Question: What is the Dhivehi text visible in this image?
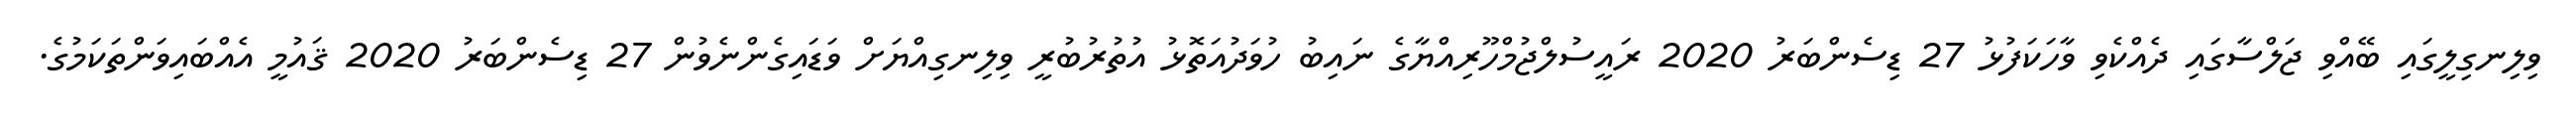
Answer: ވިލިނގިލީގައި ބޭއްވި ޖަލްސާގައި ދެއްކެވި ވާހަކަފުޅު 27 ޑިސެންބަރު 2020 ރައީސުލްޖުމްހޫރިއްޔާގެ ނައިބު ހުވަދުއަތޮޅު އުތުރުބުރީ ވިލިނގިއްޔަށް ވަޑައިގެންނެވުން 27 ޑިސެންބަރު 2020 ޤައުމީ އެއްބައިވަންތަކަމުގެ.